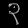
Digit: ၃